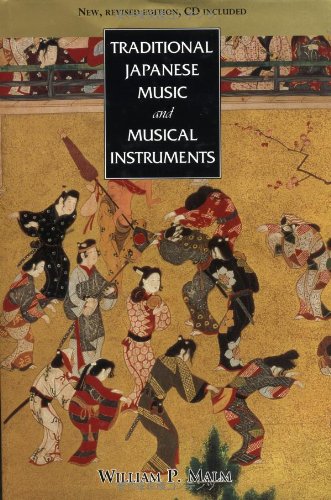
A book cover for Traditional Japanese Music and Musical Instruments; William Malm; Crafts, Hobbies & Home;